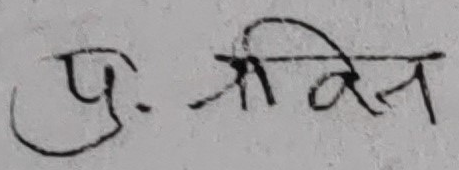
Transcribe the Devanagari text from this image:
पु. श्रीवेन